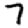
Digit: 7